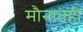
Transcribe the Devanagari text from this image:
मौनातही